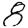
Digit: 8